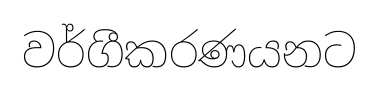
වර්ගීකරණයනට